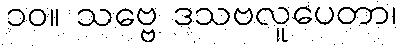
၁၀။ သဗ္ဗေ ဒသဗလူပေတာ၊